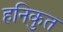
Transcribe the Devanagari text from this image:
हनिकुत